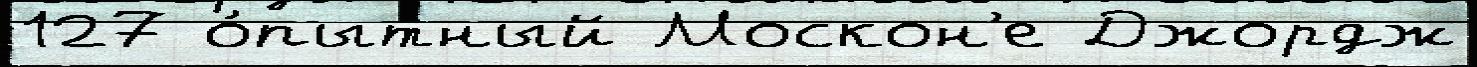
127 о́пытный Москон'е Джордж